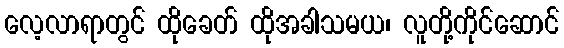
လေ့လာရာတွင် ထိုခေတ် ထိုအခါသမယ၊ လူတို့ကိုင်ဆောင်